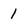
Character: 1